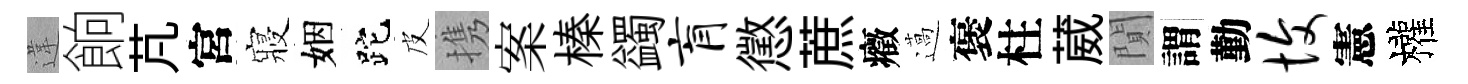
違餉芃宮寢姻跎皮携案榛蠲肓懲蔗癥薖褒柱葳閴謂勤愎憲權